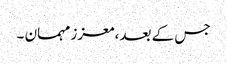
جس کے بعد، معزز مہمان ۔